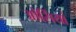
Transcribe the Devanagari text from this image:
ओसिंयां